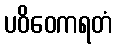
ပဝိဝေကရတံ